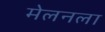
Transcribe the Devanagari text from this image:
मेलनला